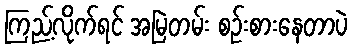
ကြည့်လိုက်ရင် အမြဲတမ်း စဉ်းစားနေတာပဲ